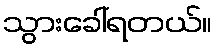
သွားခေါ်ရတယ်။